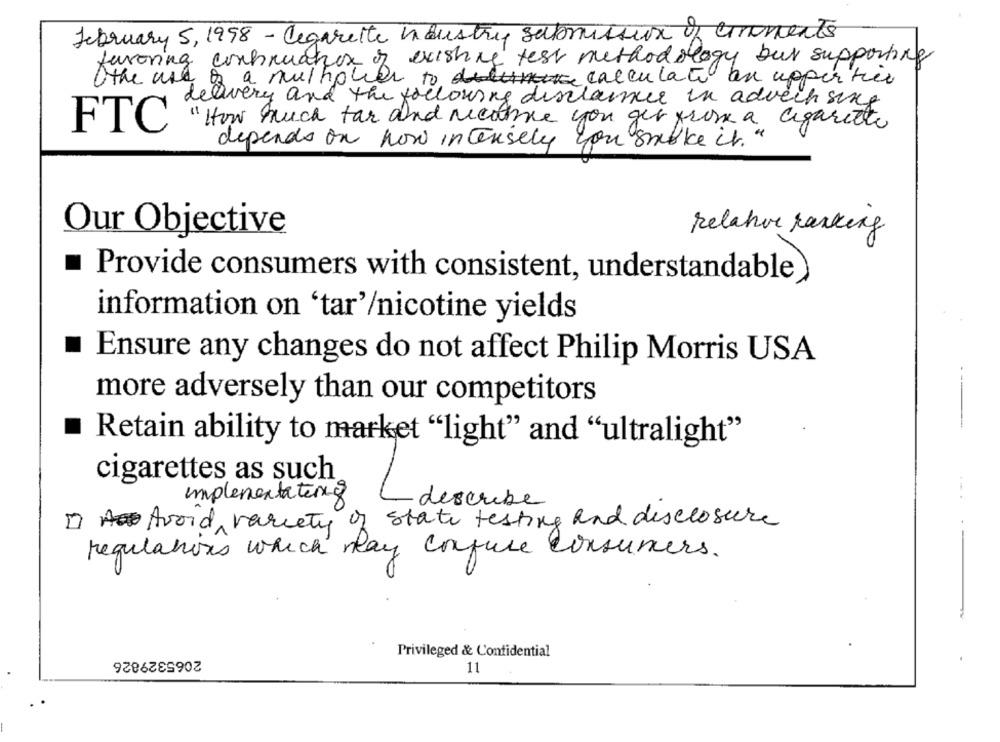
February 5, 1998 - Cigarette haustry submission of cinements
is a nulfor exoning test methodology bur supporting
favoring conhruaton of
Othe use
·to calculate an upper ties
delivery and the following disclaimer in advech sing
FTC
" How much tar and necohive you get from a cigarette
depends on how intensely you smoke it. "
Our Objective
Relahve ranking
Provide consumers with consistent, understandable
information on 'tar'/nicotine yields
Ensure any changes do not affect Philip Morris USA
--
more adversely than our competitors
Retain ability to market "light" and "ultralight"
cigarettes as such
implementating
- describe
Avoid variety of state testing and disclosure
regulations which may confuse consumers.
2065329826
Privileged & Confidential
11